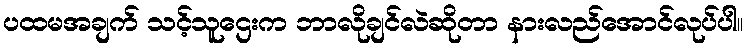
ပထမအချက် သင့်သူဌေးက ဘာလိုချင်လဲဆိုတာ နားလည်အောင်လုပ်ပါ။